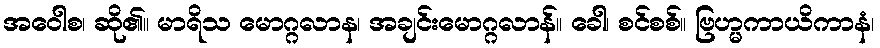
အဝေါစ၊ ဆို၏။ မာရိသ မောဂ္ဂလာန၊ အချင်းမောဂ္ဂလာန်။ ခေါ၊ စင်စစ်။ ဗြဟ္မကာယိကာနံ၊